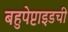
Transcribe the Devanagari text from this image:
बहुपेप्टाइडची